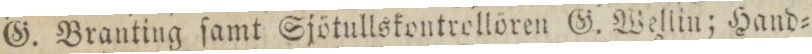
G. Branting ſamt Sjötullskontrellören G. Wellin; Hand=